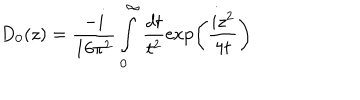
LaTeX: D _ { 0 } ( z ) = \frac { - i } { 1 6 \pi ^ { 2 } } \int _ { 0 } ^ { \infty } \frac { d t } { t ^ { 2 } } \exp \left( \frac { i z ^ { 2 } } { 4 t } \right)